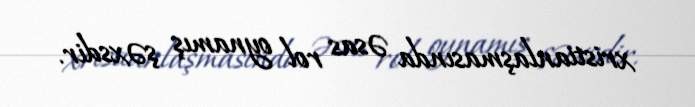
xristianlaşmasında əsas rol oynamış şəxsdir.